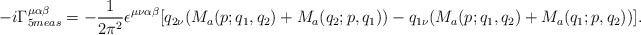
\begin{align*}-i\Gamma^{\mu\alpha\beta}_{5 meas}=-\frac{1}{2\pi^2}\epsilon^{\mu\nu\alpha\beta}[q_{2\nu}(M_a(p;q_1,q_2)+M_a(q_2;p,q_1))-q_{1\nu}(M_a(p;q_1,q_2)+M_a(q_1;p,q_2))].\end{align*}